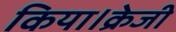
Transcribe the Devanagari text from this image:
किया।क्रेजी